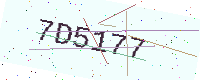
Text: 7D5177